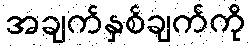
အချက်နှစ်ချက်ကို